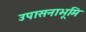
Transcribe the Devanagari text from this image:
उपासनाभूमि